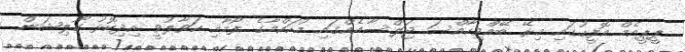
ޕީޕީއެމް އޮފީހުގައި މިރޭ ބޭއްވިހާއްސަ ޖަލްސާއެއްގައި މުހައްމާގެ ފޯމާއި ހަވާލުވީ އިދިކޮޅު ކޯލިޝަން